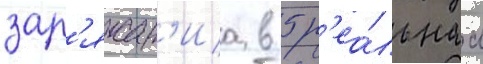
зар'яжан'иа в 5 р'еа́льнаа